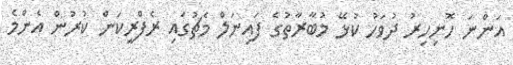
އަންނަ ހޮނިހިރު ދުވަހު ކުޅޭ މުބާރާތުގެ ފައިނަލް މެޗުގައި ރެފްރީކަން ކުރުން އެންމެ